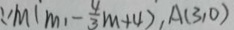
\because M ( m , - \frac { 4 } { 3 } m + 4 ) , A ( 3 , 0 )